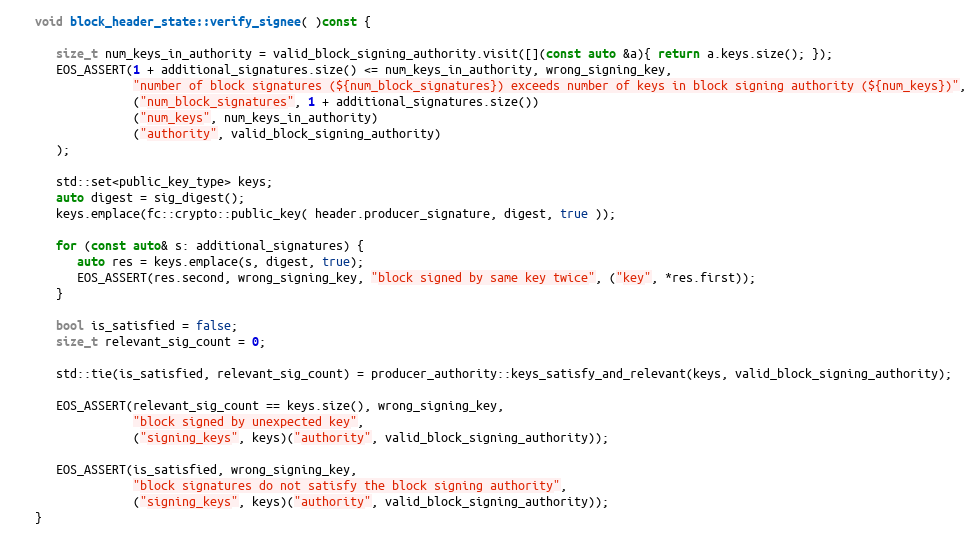
Language: C++
   void block_header_state::verify_signee( )const {

      size_t num_keys_in_authority = valid_block_signing_authority.visit([](const auto &a){ return a.keys.size(); });
      EOS_ASSERT(1 + additional_signatures.size() <= num_keys_in_authority, wrong_signing_key,
                 "number of block signatures (${num_block_signatures}) exceeds number of keys in block signing authority (${num_keys})",
                 ("num_block_signatures", 1 + additional_signatures.size())
                 ("num_keys", num_keys_in_authority)
                 ("authority", valid_block_signing_authority)
      );

      std::set<public_key_type> keys;
      auto digest = sig_digest();
      keys.emplace(fc::crypto::public_key( header.producer_signature, digest, true ));

      for (const auto& s: additional_signatures) {
         auto res = keys.emplace(s, digest, true);
         EOS_ASSERT(res.second, wrong_signing_key, "block signed by same key twice", ("key", *res.first));
      }

      bool is_satisfied = false;
      size_t relevant_sig_count = 0;

      std::tie(is_satisfied, relevant_sig_count) = producer_authority::keys_satisfy_and_relevant(keys, valid_block_signing_authority);

      EOS_ASSERT(relevant_sig_count == keys.size(), wrong_signing_key,
                 "block signed by unexpected key",
                 ("signing_keys", keys)("authority", valid_block_signing_authority));

      EOS_ASSERT(is_satisfied, wrong_signing_key,
                 "block signatures do not satisfy the block signing authority",
                 ("signing_keys", keys)("authority", valid_block_signing_authority));
   }